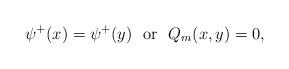
LaTeX: \begin{align*}\psi^{+}(x) = \psi^{+}(y) \ \ \mbox{or} \ \ Q_{m}(x,y) = 0,\end{align*}